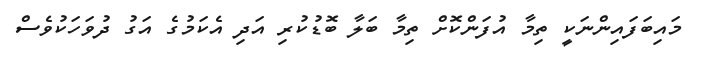
މައިބަފައިންނަކީ ތިމާ އުފަންކޮށް ތިމާ ބަލާ ބޮޑުކުރި އަދި އެކަމުގެ އަގު ދުވަހަކުވެސް